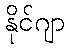
နိုင်ဂျာ